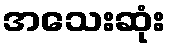
အသေးဆုံး